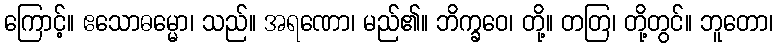
ကြောင့်။ ဧသောဓမ္မော၊ သည်။ အရဏော၊ မည်၏။ ဘိက္ခဝေ၊ တို့။ တတြ၊ တို့တွင်။ ဘူတော၊